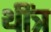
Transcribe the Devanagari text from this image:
थींत्र